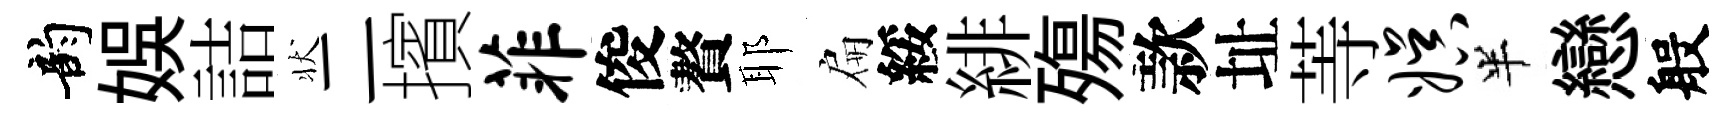
韵娱詰状二擯菲俊贅耶扁綏緋殤款址䓁娱半戀般